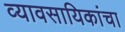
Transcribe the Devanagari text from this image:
व्यावसायिकांचा